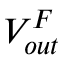
V _ { o u t } ^ { F }